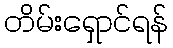
တိမ်းရှောင်ရန်